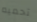
تحميه